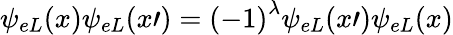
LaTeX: \psi_{eL}(x)\psi_{eL}({x\prime})={(-1)}^{\lambda}\psi_{eL}({x\prime})\psi_{eL}(x)